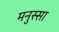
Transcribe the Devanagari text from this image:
मनुस्सा